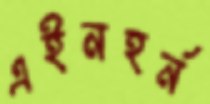
এইনহর্ন